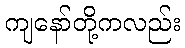
ကျနော်တို့ကလည်း